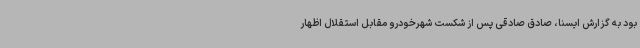
بود به گزارش ایسنا، صادق صادقی پس از شکست شهرخودرو مقابل استقلال اظهار